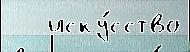
   иску́сство